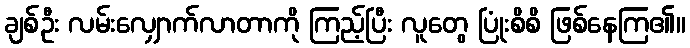
ချစ်ဦး လမ်းလျှောက်လာတာကို ကြည့်ပြီး လူတွေ ပြုံးစိစိ ဖြစ်နေကြ၏။